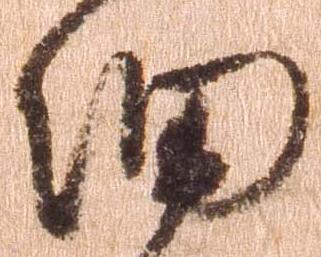
細